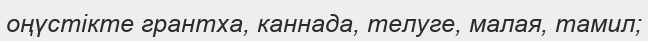
оңүстікте грантха, каннада, телуге, малая, тамил;